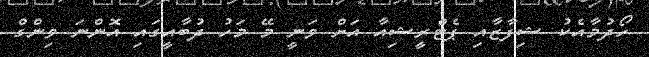
ހޯދުމާއެކު ޝިފާޒާއި ޕެޓްރީޝިއާ އަށް ވަނީ މޭ މަހު ދުބާއީގައި އޮންނަ ވިންގް